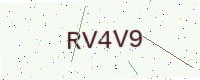
Text: RV4V9